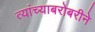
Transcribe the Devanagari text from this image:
त्यांच्याबरोबरीने